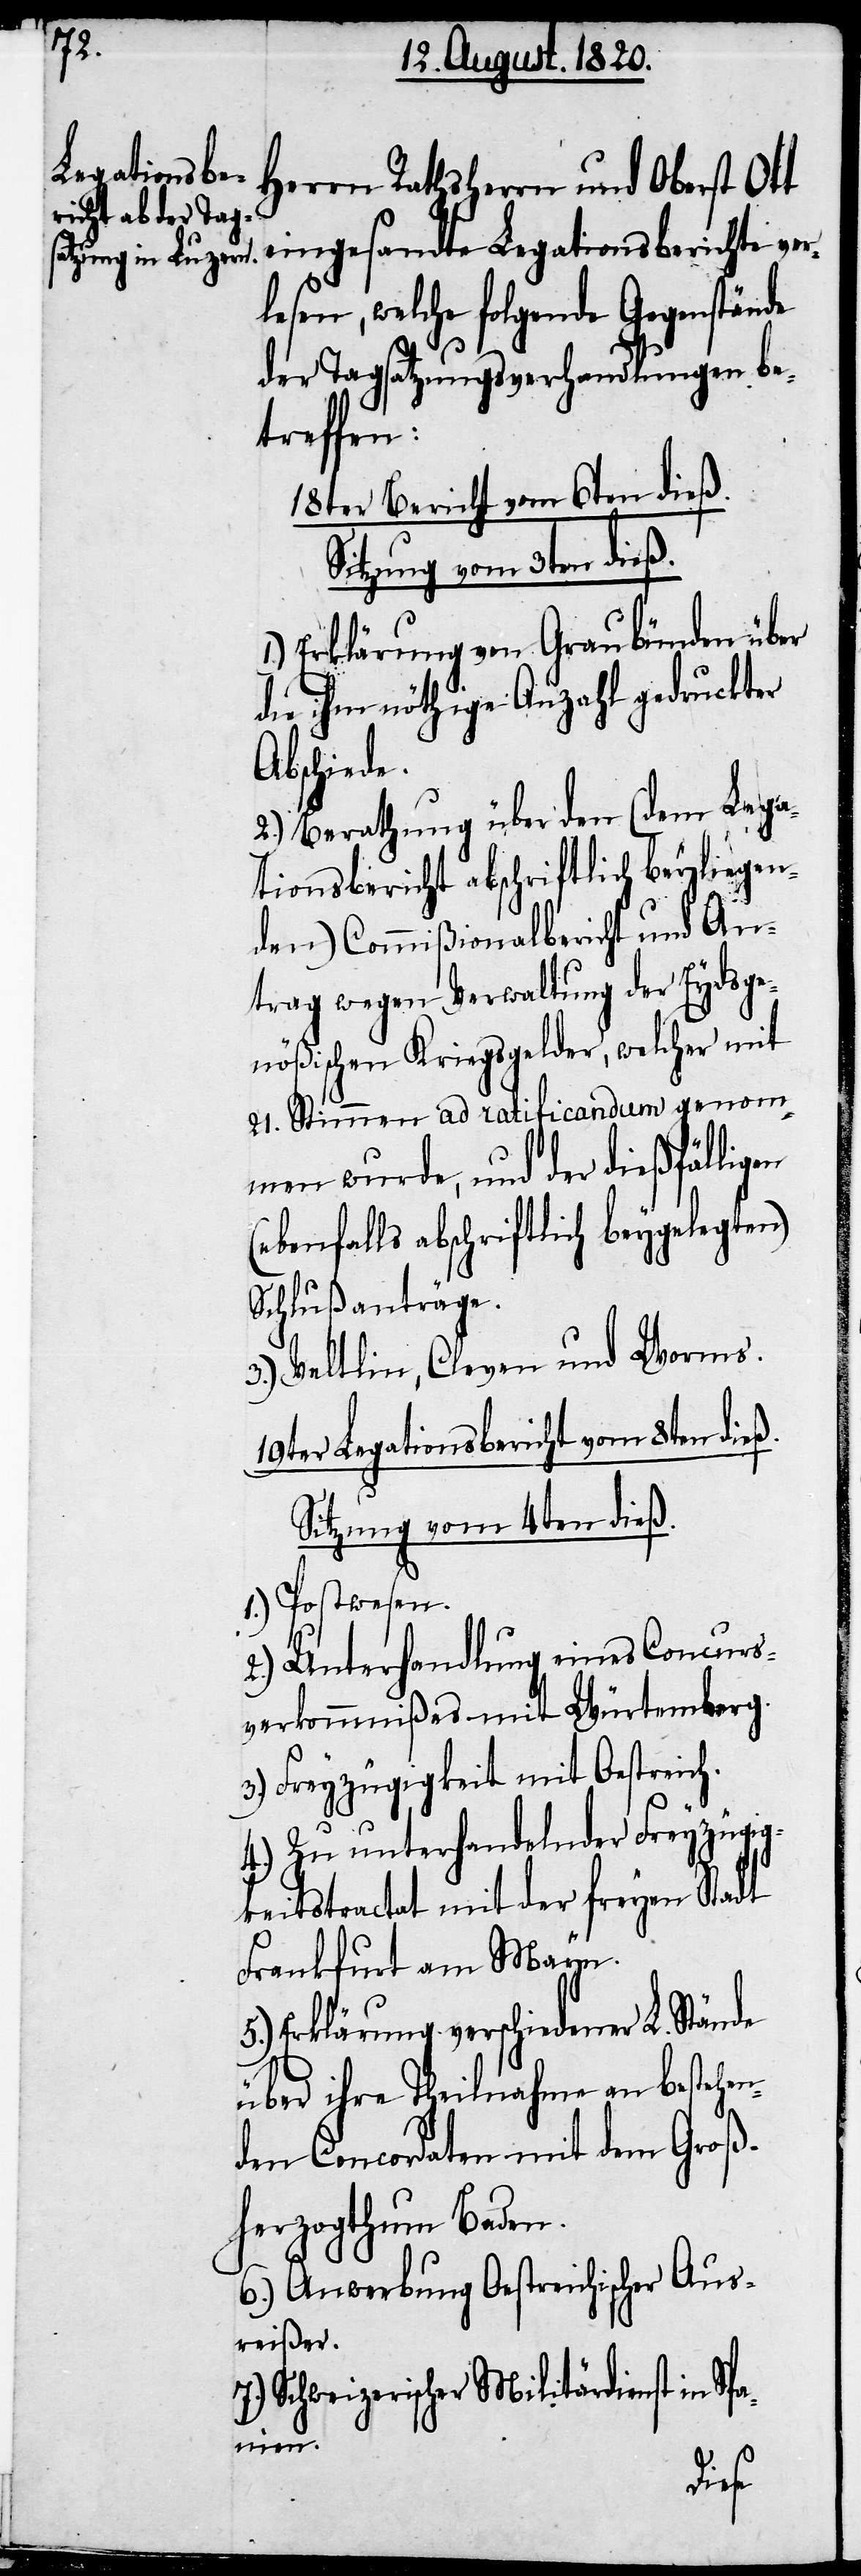
Herren Rathsherrn und Oberst Ott
eingesandte Legationsberichte ver¬
lesen, welche folgende Gegenstände
der Tagsatzungsverhandlungen be¬
treffen:
18ter Bericht vom 6ten dieß.
Sitzung vom 3ten dieß.
1.) Erklärung von Graubünden über
die ihm nöthige Anzahl gedruckter
Abschiede.
2.) Berathung über den (dem Lega¬
tionsbericht abschriftlich beyliegen¬
den) Comißionalbericht und An¬
trag wegen Verwaltung der Eydsge¬
nößischen Kriegsgelder, welcher mit
21. Stimmen ad ratificandum genom¬
men wurde, und der dießfälligen
(ebenfalls abschriftlich beygelegten)
Schlußanträge.
3.) Veltlin, Cleven und Worms.
19ter Legationsbericht vom 8ten dieß.
Sitzung vom 4ten dieß.
1.) Postwesen.
2.) Unterhandlung eines Concurs¬
verkommnißes mit Würtemberg.
3.) Freyzügigkeit mit Oestreich.
4.) Zu unterhandelnder Freyzügig¬
keitstractat mit der freyen Stadt
Frankfurt am Mayn.
5.) Erklärung verschiedener L. Stände
über ihre Theilnahme an bestehen¬
den Concordaten mit dem Groß¬
herzogthum Baden.
6.) Anwerbung Oestreichischer Aus¬
reißer.
Schweizerischer Militärdienst in S¬
panien.